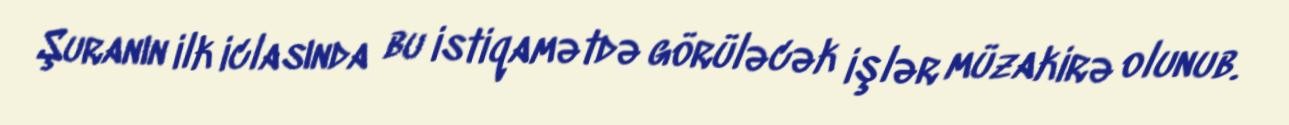
Şuranın ilk iclasında bu istiqamətdə görüləcək işlər müzakirə olunub.